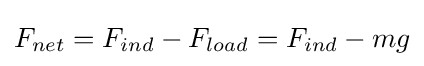
F_{net}=F_{ind}-F_{load}=F_{ind}-mg